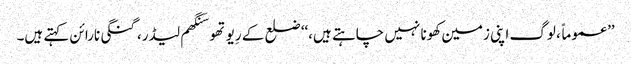
’’عموماً، لوگ اپنی زمین کھونا نہیں چاہتے ہیں،‘‘ ضلع کے رِیوتھو سَنگھم لیڈر، گنگی نارائن کہتے ہیں۔